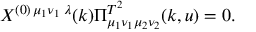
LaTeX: X ^ { ( 0 ) \, \mu _ { 1 } \nu _ { 1 } \; \lambda } ( k ) \Pi _ { \mu _ { 1 } \nu _ { 1 } \mu _ { 2 } \nu _ { 2 } } ^ { T ^ { 2 } } ( k , u ) = 0 .